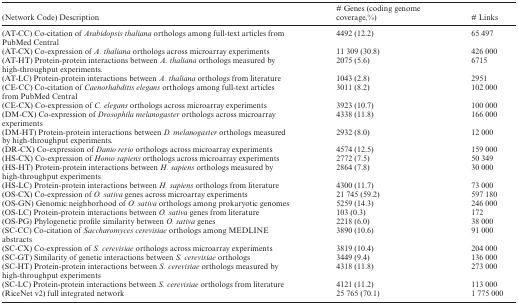
<table><thead><tr><td><b>(Network Code) Description</b></td><td><b># Genes (coding genome coverage,%)</b></td><td><b># Links</b></td></tr></thead><tbody><tr><td>(AT-CC) Co-citation of <i>Arabidopsis thaliana</i> orthologs among full-text articles from PubMed Central</td><td>4492 (12.2)</td><td>65 497</td></tr><tr><td>(AT-CX) Co-expression of <i>A. thaliana</i> orthologs across microarray experiments</td><td>11 309 (30.8)</td><td>426 000</td></tr><tr><td>(AT-HT) Protein-protein interactions between <i>A. thaliana</i> orthologs measured by high-throughput experiments.</td><td>2075 (5.6)</td><td>6715</td></tr><tr><td>(AT-LC) Protein-protein interactions between <i>A. thaliana</i> orthologs from literature</td><td>1043 (2.8)</td><td>2951</td></tr><tr><td>(CE-CC) Co-citation of <i>Caenorhabditis elegans</i> orthologs among full-text articles from PubMed Central</td><td>3011 (8.2)</td><td>102 000</td></tr><tr><td>(CE-CX) Co-expression of <i>C. elegans</i> orthologs across microarray experiments</td><td>3923 (10.7)</td><td>100 000</td></tr><tr><td>(DM-CX) Co-expression of <i>Drosophila melanogaster</i> orthologs across microarray experiments</td><td>4338 (11.8)</td><td>166 000</td></tr><tr><td>(DM-HT) Protein-protein interactions between <i>D. melanogaster</i> orthologs measured by high-throughput experiments.</td><td>2932 (8.0)</td><td>12 000</td></tr><tr><td>(DR-CX) Co-expression of <i>Danio rerio</i> orthologs across microarray experiments</td><td>4574 (12.5)</td><td>159 000</td></tr><tr><td>(HS-CX) Co-expression of <i>Homo sapiens</i> orthologs across microarray experiments</td><td>2772 (7.5)</td><td>50 349</td></tr><tr><td>(HS-HT) Protein-protein interactions between <i>H. sapiens</i> orthologs measured by high-throughput experiments</td><td>2864 (7.8)</td><td>30 000</td></tr><tr><td>(HS-LC) Protein-protein interactions between <i>H. sapiens</i> orthologs from literature</td><td>4300 (11.7)</td><td>73 000</td></tr><tr><td>(OS-CX) Co-expression of <i>O. sativa</i> genes across microarray experiments</td><td>21 745 (59.2)</td><td>597 180</td></tr><tr><td>(OS-GN) Genomic neighborhood of <i>O. sativa</i> orthologs among prokaryotic genomes</td><td>5259 (14.3)</td><td>246 000</td></tr><tr><td>(OS-LC) Protein-protein interactions between <i>O. sativa</i> genes from literature</td><td>103 (0.3)</td><td>172</td></tr><tr><td>(OS-PG) Phylogenetic profile similarity between <i>O. sativa</i> genes</td><td>2218 (6.0)</td><td>38 000</td></tr><tr><td>(SC-CC) Co-citation of <i>Saccharomyces cerevisiae</i> orthologs among MEDLINE abstracts</td><td>3890 (10.6)</td><td>91 000</td></tr><tr><td>(SC-CX) Co-expression of <i>S. cerevisiae</i> orthologs across microarray experiments</td><td>3819 (10.4)</td><td>204 000</td></tr><tr><td>(SC-GT) Similarity of genetic interactions between <i>S. cerevisiae</i> orthologs</td><td>3449 (9.4)</td><td>136 000</td></tr><tr><td>(SC-HT) Protein-protein interactions between <i>S. cerevisiae</i> orthologs measured by high-throughput experiments</td><td>4318 (11.8)</td><td>273 000</td></tr><tr><td>(SC-LC) Protein-protein interactions between <i>S. cerevisiae</i> orthologs from literature</td><td>4121 (11.2)</td><td>113 000</td></tr><tr><td>(RiceNet v2) full integrated network</td><td>25 765 (70.1)</td><td>1 775 000</td></tr></tbody></table>